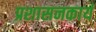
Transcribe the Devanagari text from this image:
प्रशासनकार्य